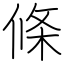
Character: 條